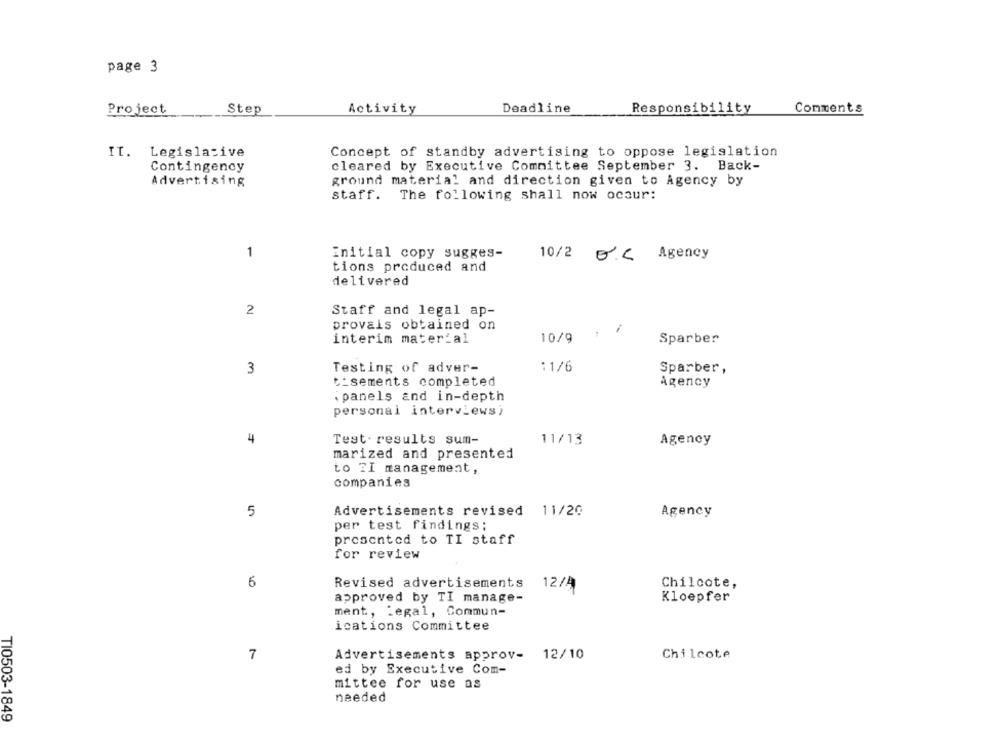
page 3
Project
Step
Activity
Deadline
Responsibility
Comments
IT. Legislative
Concept of standby advertising to oppose legislation
Contingency
cleared by Executive Committee September 3. Back-
Advertising
ground material and direction given to Agency by
staff. The following shall now ocaur:
1
initial copy sugges-
10/2 B.C Agency
tions produced and
delivered
2
Staff and legal ap-
provais obtained on
interim material
10/9
Sparber
3
Testing of adver-
11/6
Sparber,
c:sements completed
Agency
panels and in-depth
personal interviews)
4
Test. results sum-
11/13
Agency
marized and presented
to ?I management,
companies
5
Advertisements revised 11/20
Agency
per test findings;
presented to TI staff
for review
6
Revised advertisements
12/4
Chilcote,
approved by TI manage-
Kloepfer
ment, Legal, Commun-
ications Committee
7
Advertisements approv-
12/10
Chilcote
ed by Executive Com-
mittee for use as
needed
TI0503-1849